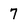
Character: 7